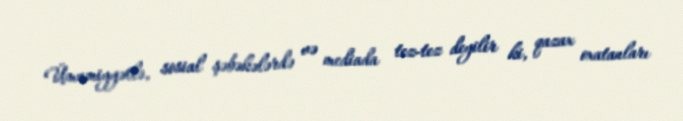
Ümumiyyətlə, sosial şəbəkələrdə və mediada tez-tez deyilir ki, qazax oxatanları